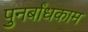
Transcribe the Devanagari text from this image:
पुनर्बांधकाम